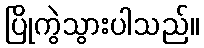
ပြိုကွဲသွားပါသည်။